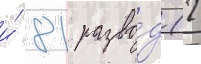
и́ 81 разво́д (2